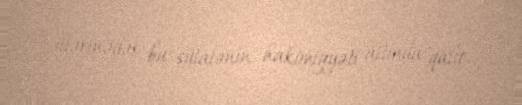
illərinədək bu sülalənin hakimiyyəti altında qalır.